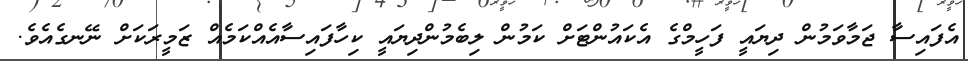
އެފައިސާ ޖަމާވަމުން ދިޔައީ ފަހީމްގެ އެކައުންޓަށް ކަމުން ލިބެމުންދިޔައީ ކިހާފައިސާއެއްކަމެއް ޒަމީރަކަށް ނޭނގެއެވެ.